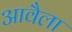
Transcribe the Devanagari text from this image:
आवैला